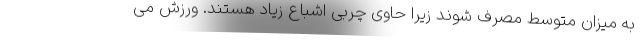
به میزان متوسط مصرف شوند زیرا حاوی چربی اشباع زیاد هستند. ورزش می